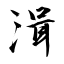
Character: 湒